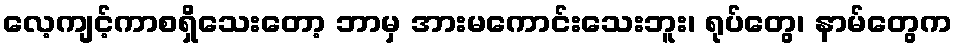
လေ့ကျင့်ကာစရှိသေးတော့ ဘာမှ အားမကောင်းသေးဘူး၊ ရုပ်တွေ၊ နာမ်တွေက